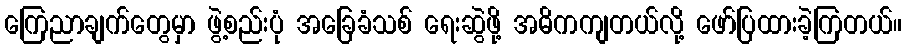
ကြေညာချက်တွေမှာ ဖွဲ့စည်းပုံ အခြေခံသစ် ရေးဆွဲဖို့ အဓိကကျတယ်လို့ ဖော်ပြထားခဲ့ကြတယ်။